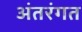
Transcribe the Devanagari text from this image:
अंतरंगत